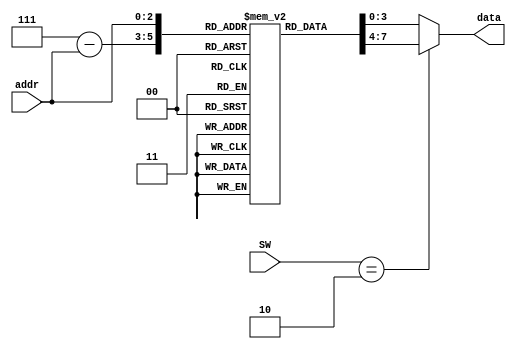
`timescale 1ns / 1ps
//////////////////////////////////////////////////////////////////////////////////
// Company: 
// Engineer: 
// 
// Design Name: 
// Module Name: rom8x4
// Project Name: 
// Target Devices: 
// Tool Versions: 
// Description: 
// 
// Dependencies: 
// 
// Revision:
// Revision 0.01 - File Created
// Additional Comments:
// 
//////////////////////////////////////////////////////////////////////////////////


module rom8x4(addr, data, SW);
input [2:0] addr;           // 
input [2:0] SW;
output reg [3:0] data;          // addr 

reg [3: 0] mem [7: 0];      //  84
initial   begin             // 
    mem[0] = 4'b0000;
    mem[1] = 4'b0010;
    mem[2] = 4'b0100;
    mem[3] = 4'b0110;
    mem[4] = 4'b1000;
    mem[5] = 4'b1010;
    mem[6] = 4'b1100;
    mem[7] = 4'b1110;        
end   
always @(addr[0], addr[1], addr[2]) begin
   if(SW == 2)
        data[3:0] = mem[7-addr];
   else
        data[3:0] = mem[addr];
end  
                        // addr                      
endmodule